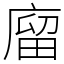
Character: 廇